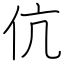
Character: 伉